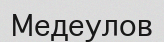
Медеулов